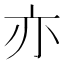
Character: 亦